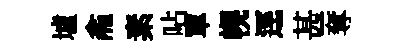
壚龕素呫單幌逕甚奪